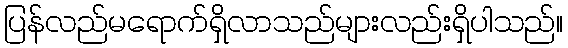
ပြန်လည်မရောက်ရှိလာသည်များလည်းရှိပါသည်။